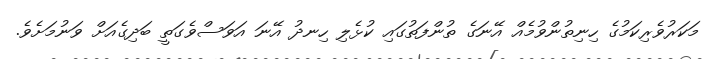
މަކަރުވެރިކަމުގެ ހިނިތުންވުމެއް އޭނަގެ ތުންފަތުގައި ކުޅެލި ހިނދު އޭނަ އަވަސްވެގަތީ ބަދިގެއަށް ވަނުމަށެވެ.